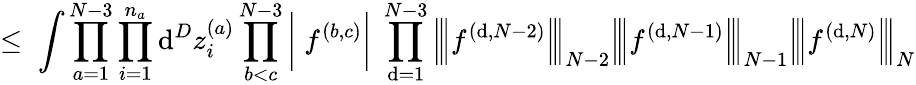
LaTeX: \leq\; \int\prod_{a=1}^{N-3}\prod_{i=1}^{n_{a}}\mathrm{d}^{D}z_{i}^{(a)}\prod_{b<c}^{N-3}\bigg|\; f^{(b,c)}\bigg|\; \prod_{\mathrm{d}=1}^{N-3}\Big|\! \Big|\! \Big|f^{(\mathrm{d},N-2)}\Big|\! \Big|\! \Big|_{N-2}\Big|\! \Big|\! \Big|f^{(\mathrm{d},N-1)}\Big|\! \Big|\! \Big|_{N-1}\Big|\! \Big|\! \Big|f^{(\mathrm{d},N)}\Big|\! \Big|\! \Big|_{N}